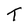
Character: T